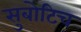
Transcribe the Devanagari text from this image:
सुबोटिच